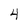
Character: 4